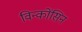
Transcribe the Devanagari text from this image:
विन्कोंसिन